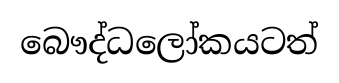
බෞද්ධලෝකයටත්